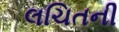
લચિતની